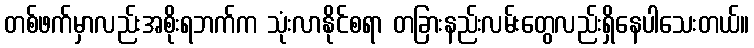
တစ်ဖက်မှာလည်းအစိုးရဘက်က သုံးလာနိုင်စရာ တခြားနည်းလမ်းတွေလည်းရှိနေပါသေးတယ်။